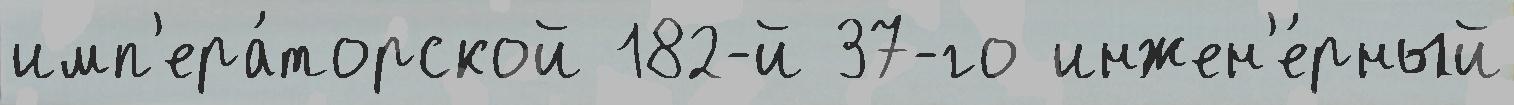
имп'ера́торской 182-й 37-го инжен'е́рный